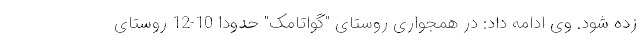
زده شود. وی ادامه داد: در همجواری روستای "گواتامک" حدودا 10-12 روستای